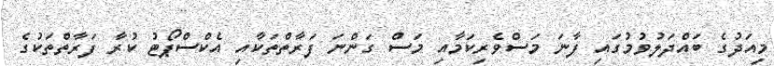
މިއަދުގެ ބައްދަލުވުމުގައި ފާނަ މަސްވެރިކަމާއި މަސް ގަންނަ ފަރާތްތަކާއި އެކްސްޕޯޓު ކުރާ ފަރާތްތަކުގެ